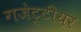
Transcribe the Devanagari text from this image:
गजेट्टीयर